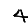
Digit: 4